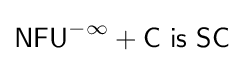
{\mathsf {NFU}}^{-\infty }+{\mathsf {C\ is\ SC}}